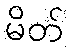
မိတ်